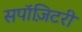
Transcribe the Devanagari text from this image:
सपॉज़िटरी